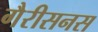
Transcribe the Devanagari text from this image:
गैरीसनस